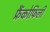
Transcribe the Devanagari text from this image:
फ्रैंकोफिली